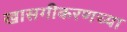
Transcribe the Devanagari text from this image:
खासगीकरणच्या